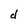
Character: d